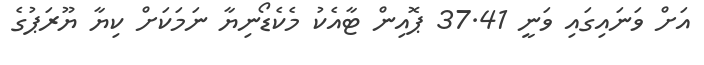
އަށް ވަނައިގައި ވަނީ 37.41 ޕޮއިން ޓާއެކު މެކެޑޯނިޔާ ނަމަކަށް ކިޔާ ޔޫރަޕުގެ